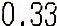
0.33